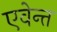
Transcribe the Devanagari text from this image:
एवेन्त